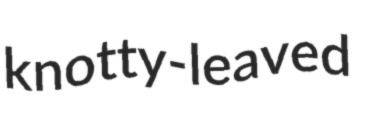
knotty-leaved